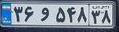
۳۶و۵۴۸۳۸